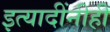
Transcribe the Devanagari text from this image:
इत्यादींनीही